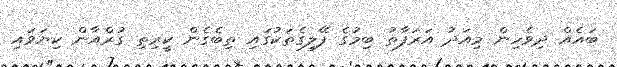
ބައެއް ދިވެހިން މިއަދު އަރަފާތު ބިމުގެ ފޭލިގެތަކުގައި ތިބެގެން ކީރިތި ގުރްއާން ކިޔަވައި